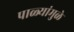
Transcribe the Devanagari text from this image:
पाळ्यांमुळे